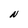
Character: N